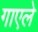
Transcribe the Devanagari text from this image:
गाएले